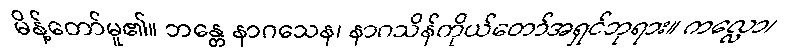
မိန့်တော်မူ၏။ ဘန္တေ နာဂသေန၊ နာဂသိန်ကိုယ်တော်အရှင်ဘုရား။ ကလ္လော၊